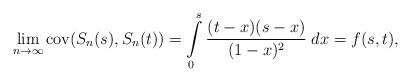
LaTeX: \begin{align*} \lim_{n\to \infty} \operatorname{cov}(S_n(s), S_n(t)) = \int \limits_0^s \frac{(t - x)(s - x)}{(1 - x)^2} \; dx = f(s, t), \end{align*}